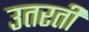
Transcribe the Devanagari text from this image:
उतरतीं